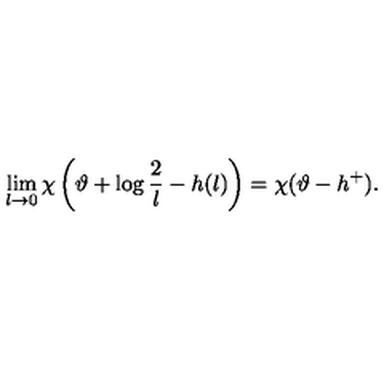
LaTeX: \lim _ { l \rightarrow 0 } \chi \left( \vartheta + \log \frac { 2 } { l } - h ( l ) \right) = \chi ( \vartheta - h ^ { + } ) .